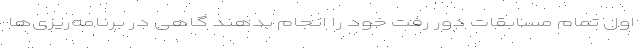
اول تمام مسابقات دور رفت خود را انجام بدهند گاهی در برنامه‌‌ریزی‌ها